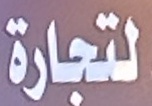
لتجارة